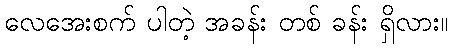
လေအေးစက် ပါတဲ့ အခန်း တစ် ခန်း ရှိလား။